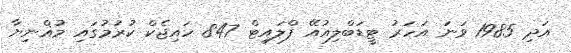
އަދި 1985 ވަނަ އަހަރު ޓީޑަބްލިއުއޭ ފްލައިޓް 847 ހައިޖެކް ކުރުމުގައި މުޣްނިޔާ